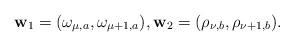
LaTeX: \begin{align*}\textbf{w}_1=(\omega_{\mu,a},\omega_{\mu+1,a}), \textbf{w}_2=(\rho_{\nu,b},\rho_{\nu+1,b}).\end{align*}